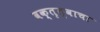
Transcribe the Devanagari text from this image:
वक्तृत्वाचा